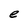
Character: e